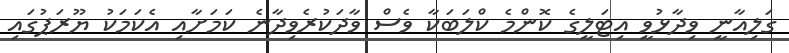
ގަލިއާނީ ވިދާޅުވީ އިޓަލީގެ ކޮންމެ ކްލަބަކާ ވެސް ވާދަކުރެވިދާނެ ކަމަށާއި އެކަމަކު ޔޫރަޕުގައި